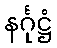
နင်္ဂုဋ္ဌံ